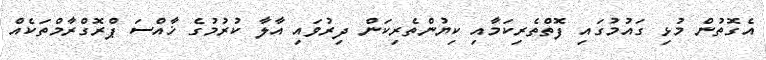
އެގޮތުން މުޅި ގައުމުގައި ފޮތްތެރިކަމާއި ކިޔުންތެރިކަން ދިރުވައި އާލާ ކުރުމުގެ ޚާއްސަ ޕްރޮގްރާމްތަކެއް